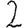
Digit: 2